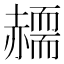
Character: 𧹸